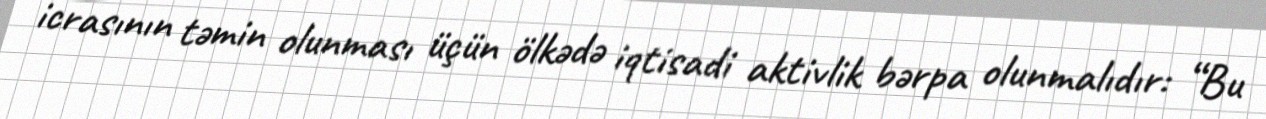
icrasının təmin olunması üçün ölkədə iqtisadi aktivlik bərpa olunmalıdır: “Bu